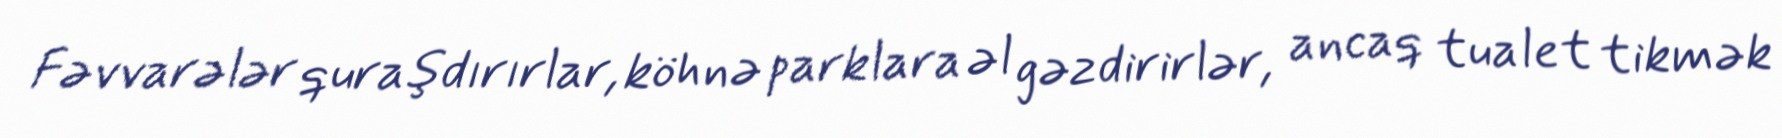
Fəvvarələr quraşdırırlar, köhnə parklara əl gəzdirirlər, ancaq tualet tikmək